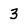
Character: 3